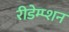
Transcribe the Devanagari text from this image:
रीडेम्प्शन